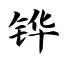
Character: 铧